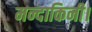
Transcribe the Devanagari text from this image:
मन्दाकिनी।